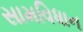
સામવિધાન